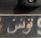
توننى